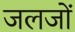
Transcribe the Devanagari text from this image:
जलजों